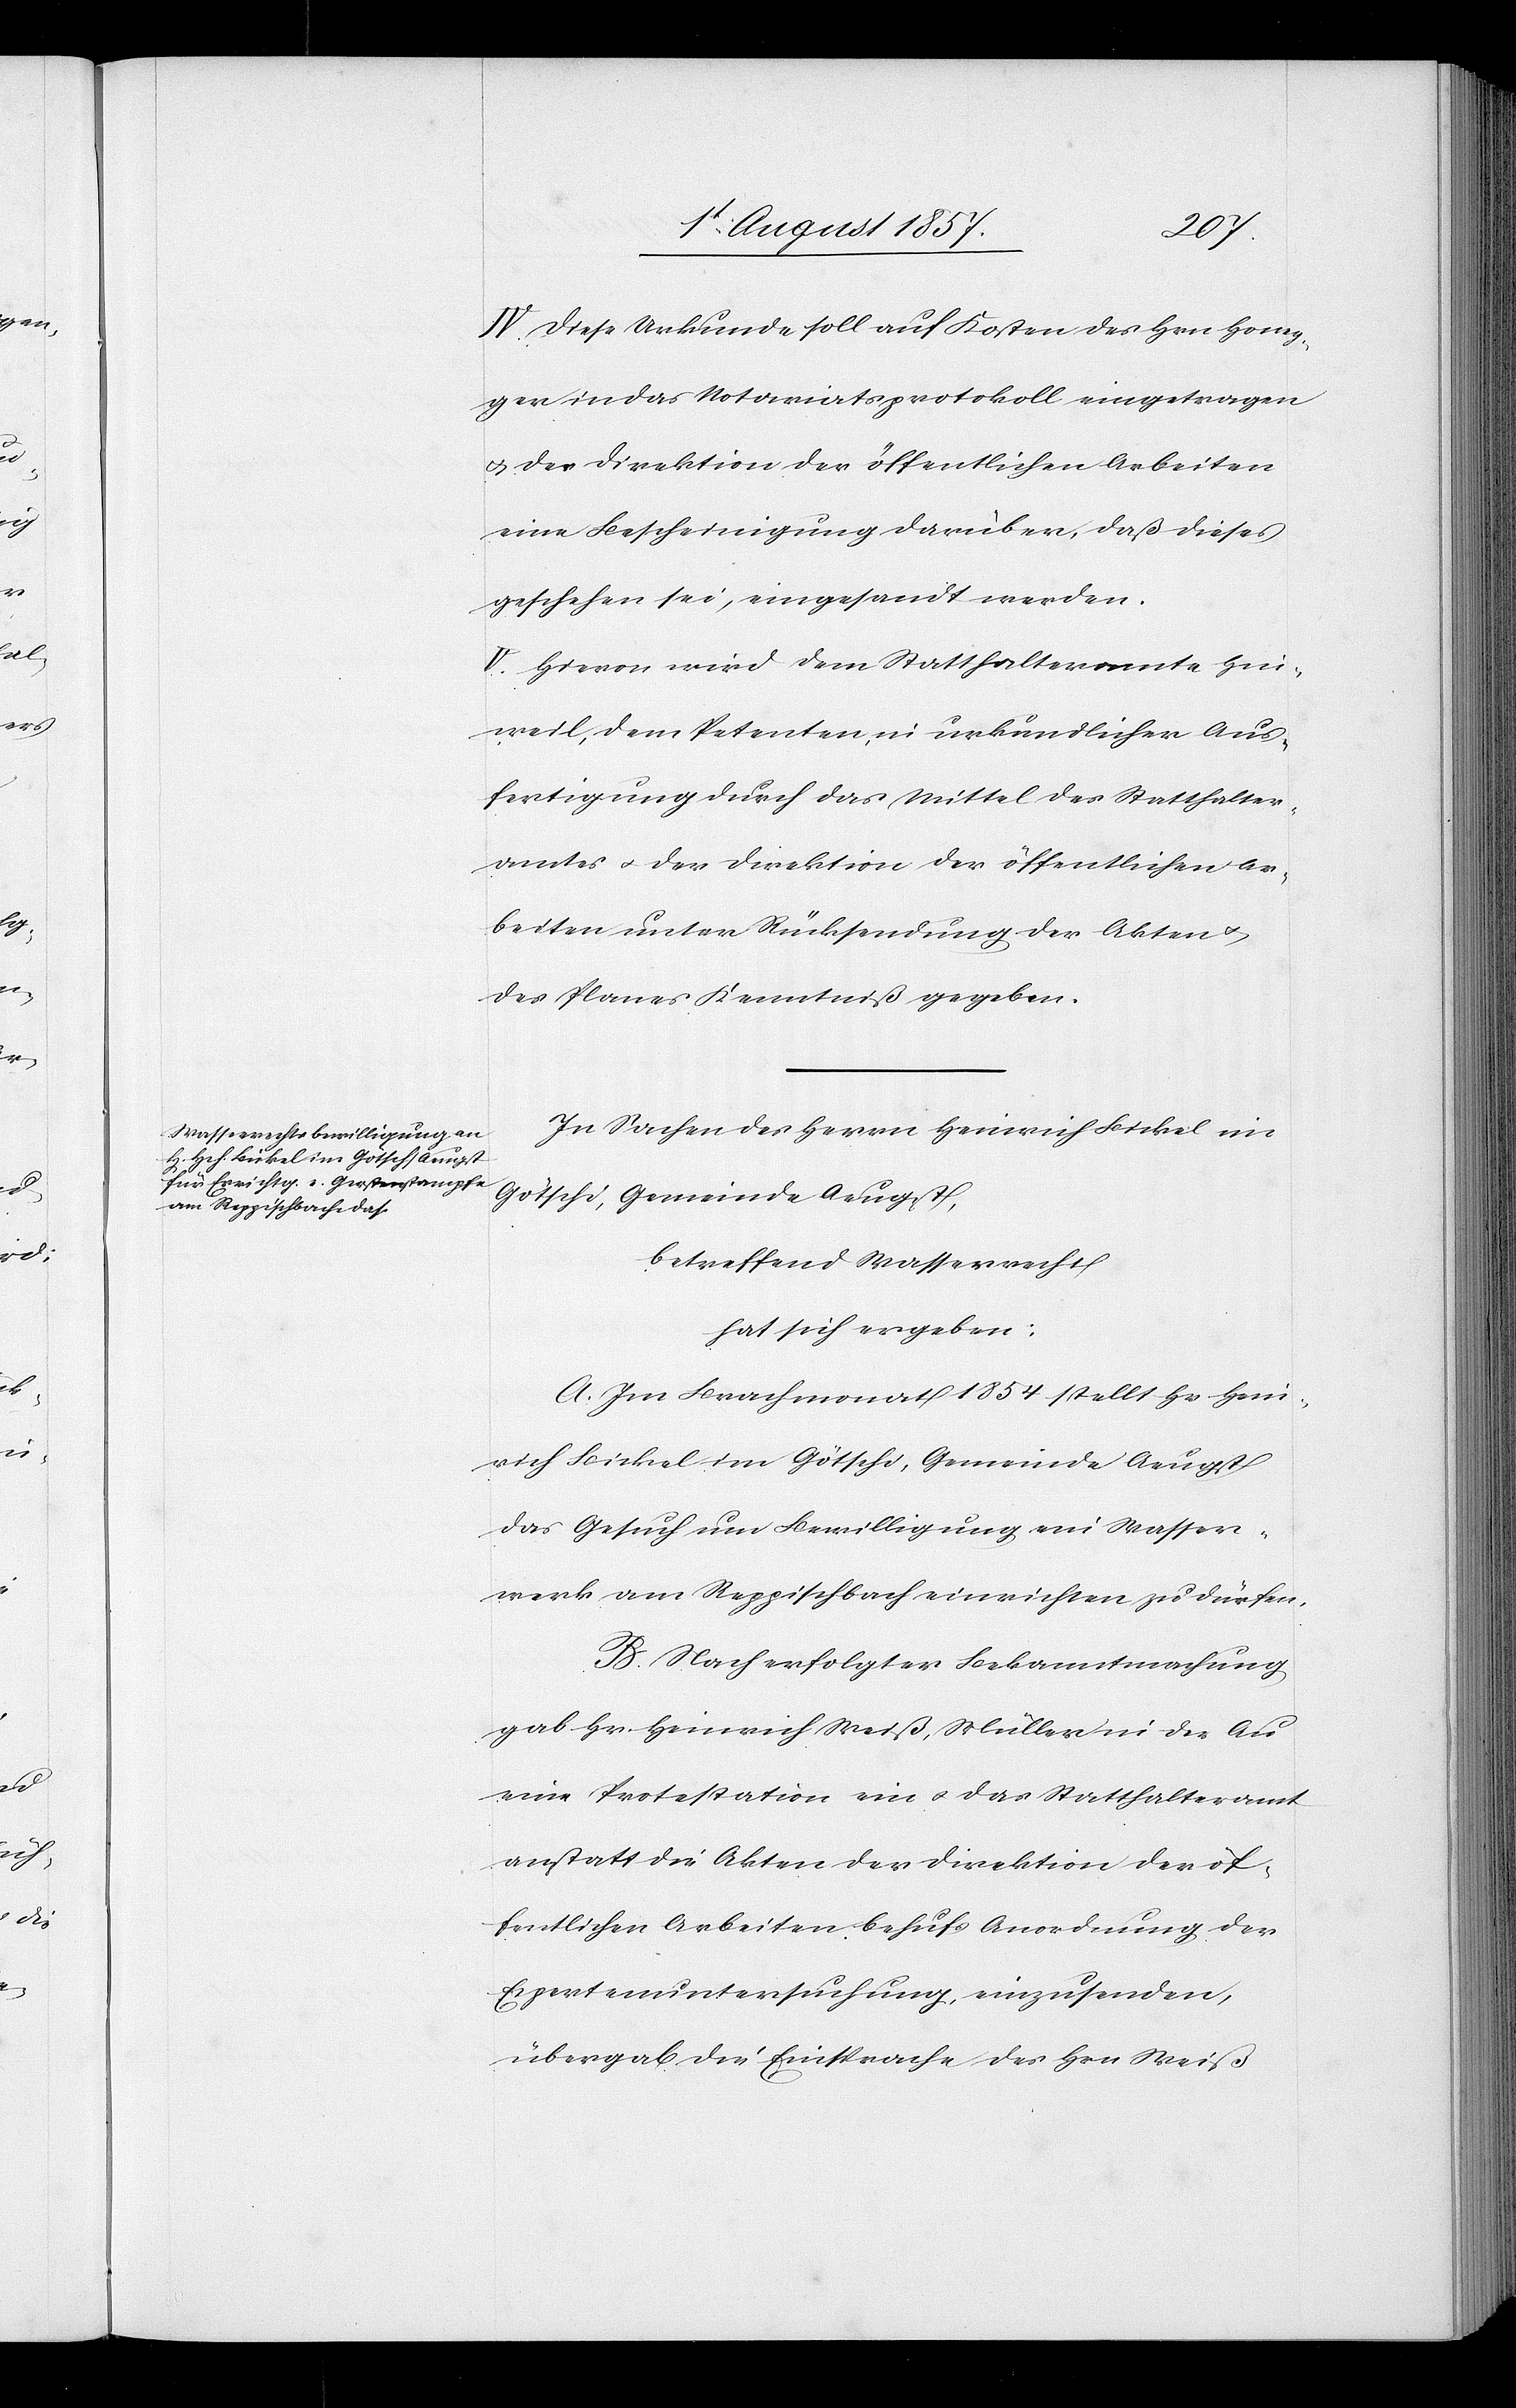
IV. Diese Urkunde soll auf Kosten des Hrn. Honeg¬
ger in das Notariatsprotokoll eingetragen
& der Direktion der öffentlichen Arbeiten
eine Bescheinigung darüber, daß dieses
geschehen sei, eingesandt werden.
V. Hievon wird dem Statthalteramte Hin¬
weil, dem Petenten, in urkundlicher Aus¬
fertigung durch das Mittel des Statthalter¬
amtes & der Direktion der öffentlichen Ar¬
beiten unter Rücksendung der Akten &
des Planes Kenntniß gegeben.
In Sachen des Herrn Heinrich Bickel im
Götschi, Gemeinde Aeugst,
betreffend Wasserrecht,
hat sich ergeben:
A. Im Brachmonat 1854 stellt Hr. Hein¬
rich Bickel im Götschi, Gemeinde Aeugst
das Gesuch um Bewilligung ein Wasser¬
werk am Reppischbach einrichten zu dürfen.
B. Nach erfolgter Bekanntmachung
gab Hr. Heinrich Weiß, Müller in der Au
eine Protestation ein & das Statthalteramt
anstatt die Akten der Direktion der öf¬
fentlichen Arbeiten behufs Anordnung der
Expertenuntersuchung einzusenden,
übergab die Einsprache des Hrn. Weiß